system: You are a helpful assistant.
user:
Analyze the provided spectrum to determine if it is a **Carbon Star (C-type)**.

- **Key Visual Indicators of Carbon Star:**
    - **(Primary):** Strong molecular absorption from **C₂ (diatomic carbon) "Swan Bands."** This is the **defining feature** of a carbon star.
        - **(Key Bandheads):** Sharp absorption edges are visible at approximately $5635$ Å, $5165$ Å (the strongest band), and $4737$ Å.
        - **(Line Profile):** Creates a distinct **"saw-tooth"** pattern. The key morphology is a sharp, steep bandhead on the **red (long-wavelength) side**, which then gradually tapers off (i.e., flux recovers) towards the **blue (short-wavelength) side**. *(This is the direct opposite of the TiO bands seen in M-type stars)*.

    - **(Secondary):** Intense **CN (cyanogen)** molecular absorption bands.
        - **(Key Bandheads):** Located in the blue and violet regions of the spectrum (e.g., near $4215$ Å and $3883$ Å).
        - **(Morphology):** These bands are extremely broad and act as a "blanket," absorbing the vast majority of blue and violet light. This creates a characteristic **"cliff"** or **"steep drop-off"** in the spectrum's flux at short wavelengths.

    - **(Key Confirmation):** Strong **CH absorption band (G-band)**.
        - **(Key Bandhead):** Located around $4300$ Å. The contribution from CH molecules to this band is exceptionally strong.

    - **(Overall Spectrum):**
        - The continuum is severely "chopped up" by these deep molecular bands, especially C₂, rather than appearing as a smooth curve.
        - Due to the heavy CN and C₂ absorption in the blue-green, the vast majority of the star's flux is concentrated in the red part of the spectrum, giving the star its characteristic deep red color.

Think first, call **spectral_visualization_tool** if needed to examine features in detail, then provide your final answer. Your response must adhere to the following strict rules:
1.  **Overall Structure:** Your response must follow the format `<think>...</think> <tool_call>...</tool_call> (if a tool is used) <answer>...</answer>`.
2.  **Tool Usage Constraint:** You may only make **one** tool call per turn.
3.  **Final Answer Format:** In the `<answer>` tag, your conclusion must be inside a `\boxed{}` command (e.g., `\boxed{YES}`), followed by your justification.

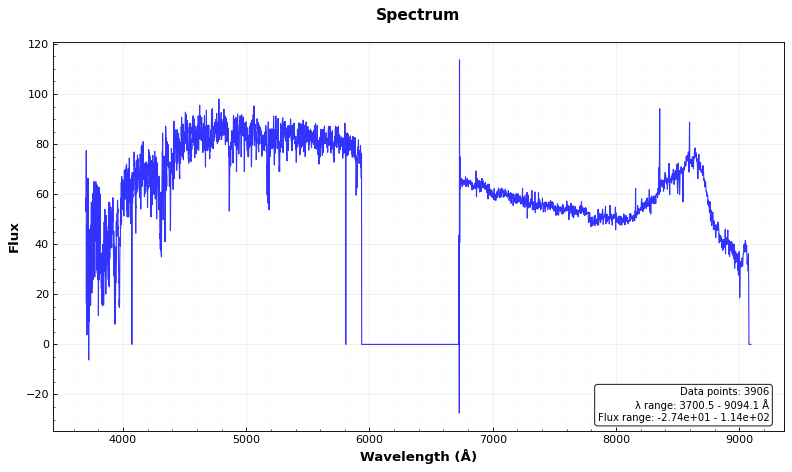
Answer: NO